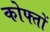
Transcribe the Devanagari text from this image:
कोफ्तों